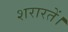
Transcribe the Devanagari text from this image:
शरारतें।